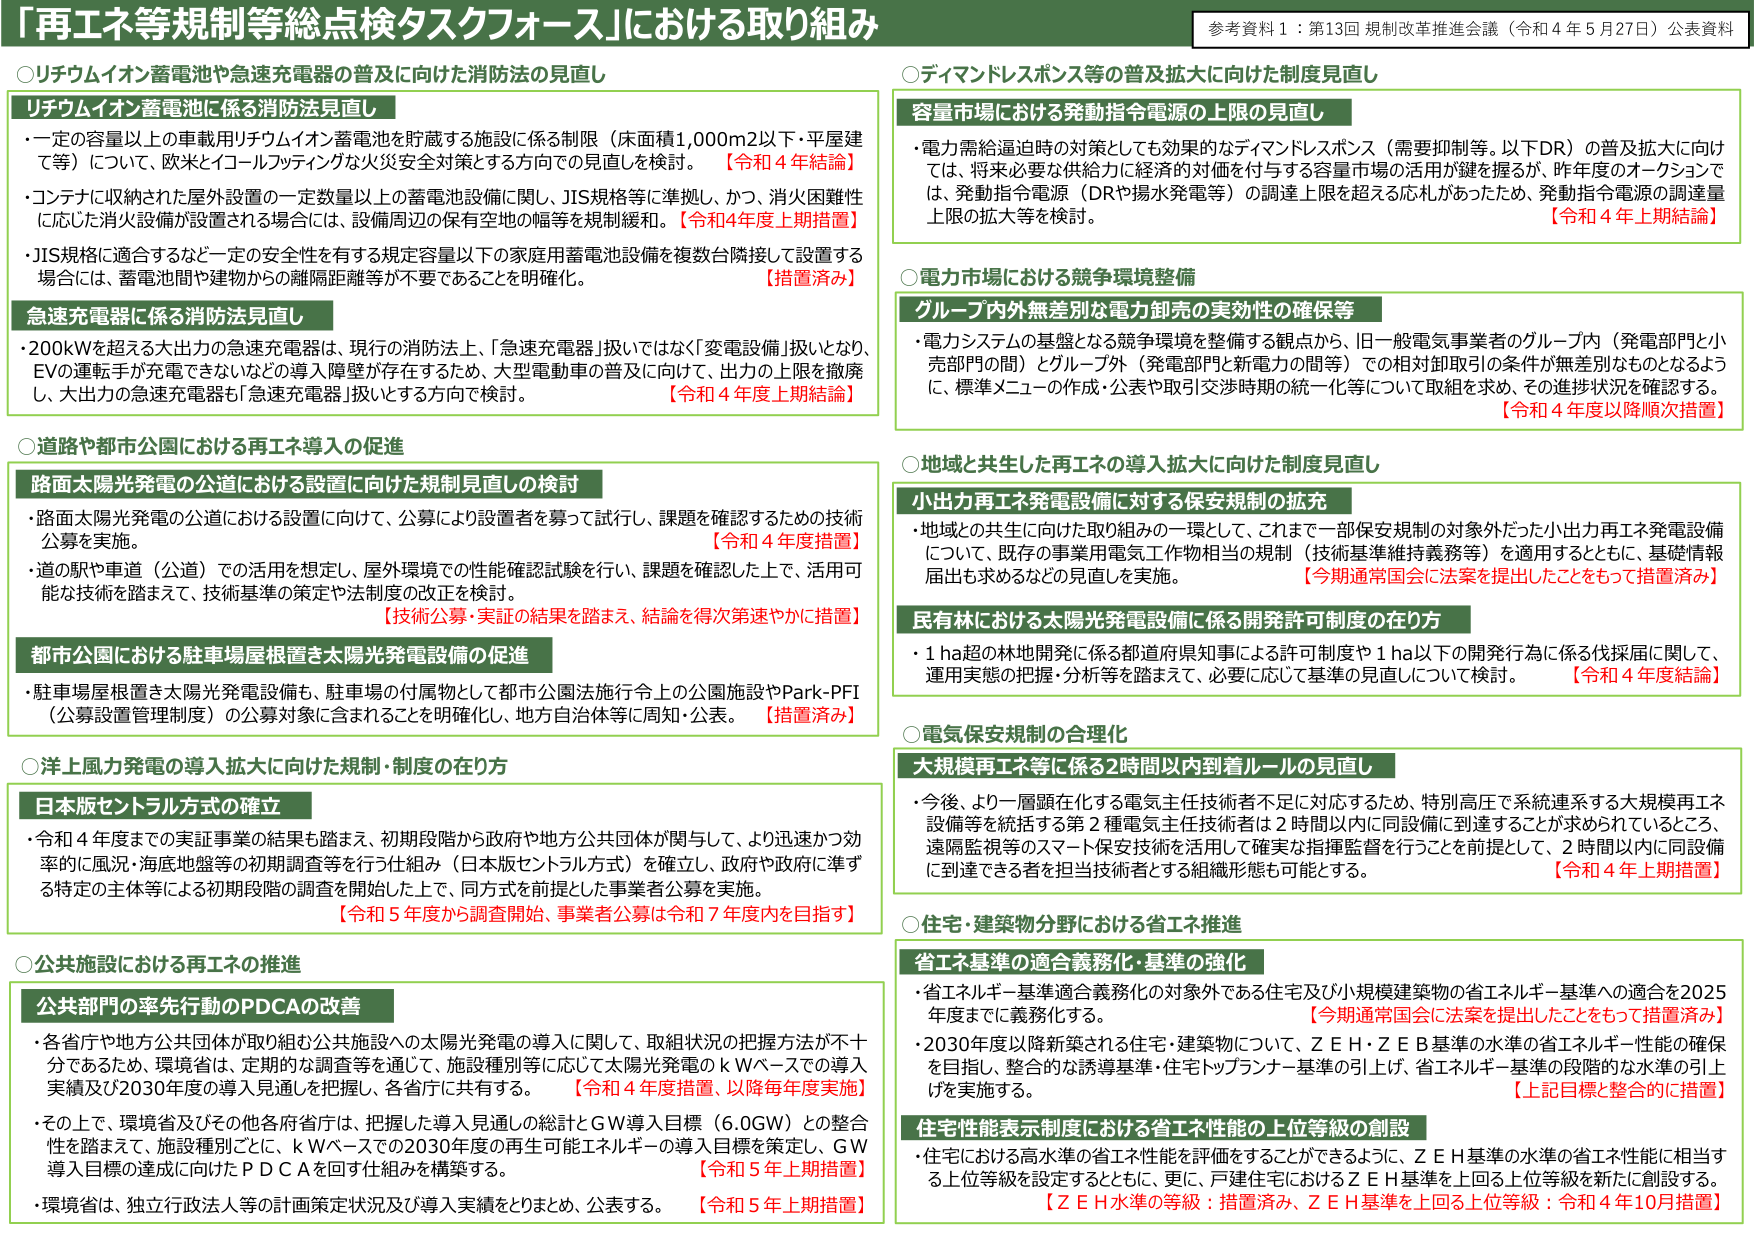
「再エネ等規制等総点検タスクフォース」における取り組み

○リチウムイオン蓄電池や急速充電器の普及に向けた消防法の見直し

リチウムイオン蓄電池に係る消防法見直し
・一定の容量以上の車載用リチウムイオン蓄電池を貯蔵する施設に係る制限（床面積1,000m2以下・平屋建て等）について、欧米とイコールフェティングな火災安全対策とする方向での見直しを検討。【令和4年結論】
・コンテナに収納された屋外設置の一定数量以上の蓄電池設備に関し、JIS規格等に準拠し、かつ、消火困難性に応じた消火設備が設置される場合には、設備周辺の保有空地の幅等を規制緩和。【令和4年度上期措置】
・JIS規格に適合するなど一定の安全性を有する規定容量以下の家庭用蓄電池設備を複数台隣接して設置する場合には、蓄電池間や建物からの離隔距離等が不要であることを明確化。【措置済み】

急速充電器に係る消防法見直し
・200kWを超える大出力の急速充電器は、現行の消防法上、「急速充電器」扱いではなく「変電設備」扱いとなり、EVの運転手が充電できないなどの導入障壁が存在するため、大型電動車の普及に向けて、出力の上限を撤廃し、大出力の急速充電器を「急速充電器」扱いとする方向で検討。【令和4年度上期結論】

○道路や都市公園における再エネ導入の促進

路面太陽光発電の公道における設置に向けた規制見直しの検討
・路面太陽光発電の公道における設置に向けて、公募により設置者を募って試行し、課題を確認するための技術公募を実施。【令和4年度措置】
・道の駅や車道（公道）での活用を想定し、屋外環境での性能確認試験を行い、課題を確認した上で、活用可能な技術を踏まえて、技術基準の策定や法制度の改正を検討。【技術公募・実証の結果を踏まえ、結論を得次第速やかに措置】

都市公園における駐車場屋根置き太陽光発電設備の促進
・駐車場屋根置き太陽光発電設備も、駐車場の付属物として都市公園法施行令上の公園施設やPark-PFI（公募設置管理制度）の公募対象に含まれることを明確化し、地方自治体等に周知・公表。【措置済み】

○洋上風力発電の導入拡大に向けた規制・制度の在り方

日本版セントラル方式の確立
・令和4年度までの実証事業の結果も踏まえ、初期段階から政府や地方公共団体が関与して、より迅速かつ効率的に風況・海底地盤等の初期調査等を行う仕組み（日本版セントラル方式）を確立し、政府や政府に準ずる特定の主体等による初期段階の調査を開始した上で、同方式を前提とした事業者公募を実施。【令和5年度から調査開始、事業者公募は令和7年度内を目指す】

○公共施設における再エネの推進

公共部門の率先行動のPDCAの改善
・各省庁や地方公共団体が取り組む公共施設への太陽光発電の導入に関して、取組状況の把握方法が不十分であるため、環境省は、定期的な調査等を通じて、施設種別等に応じて太陽光発電のkWベースでの導入実績及び2030年度の導入見通しを把握し、各省庁に共有する。【令和4年度措置、以降毎年度実施】
・その上で、環境省及びその他各府省庁は、把握した導入見通しの総計とGW導入目標（6.0GW）との整合性を踏まえて、施設種別ごとに、kWベースでの2030年度の再生可能エネルギーの導入目標を策定し、GW導入目標の達成に向けたPDCAを回す仕組みを構築する。【令和5年上期措置】
・環境省は、独立行政法人等の計画策定状況及び導入実績をとりまとめ、公表する。【令和5年上期措置】

○ディマンドレスポンス等の普及拡大に向けた制度見直し

容量市場における発動指令電源の上限の見直し
・電力需給逼迫時の対策としても効果的なディマンドレスポンス（需要抑制等。以下DR）の普及拡大に向けては、将来必要な供給力に経済的対価を付与する容量市場の活用が鍵を握るが、昨年度のオークションでは、発動指令電源（DRや揚水発電等）の調達上限を超える応札があったため、発動指令電源の調達量上限の拡大等を検討。【令和4年上期結論】

○電力市場における競争環境整備

グループ内外無差別な電力卸売の実効性の確保等
・電力システムの基盤となる競争環境を整備する観点から、旧一般電気事業者のグループ内（発電部門と小売部門の間）とグループ外（発電部門と新電力の間等）での相対卸取引の条件が無差別なものとなるように、標準メニューの作成・公表や取引交渉時期の統一等について取組を進め、その進捗状況を確認する。【令和4年度以降順次措置】

○地域と共生した再エネの導入拡大に向けた制度見直し

小出力再エネ発電設備に対する保安規制の拡充
・地域との共生に向けた取り組みの一環として、これまで一部保安規制の対象外だった小出力再エネ発電設備について、既存の事業用電気工作物相当の規制（技術基準維持義務等）を適用するとともに、基礎情報届出も求めるなどの見直しを実施。【今期通常国会に法案を提出したことをもって措置済み】

民有林における太陽光発電設備に係る開発許可制度の在り方
・1ha超の林地開発に係る都道府県知事による許可制度や1ha以下の開発行為に係る伐採届に関して、運用実態の把握・分析等を踏まえて、必要に応じて基準の見直しについて検討。【令和4年度結論】

○電気保安規制の合理化

大規模再エネ等に係る2時間以内着着ルールの見直し
・今後、より一層顕在化する電気主任技術者不足に対応するため、特別高圧で系統連系する大規模再エネ設備等を統括する第2種電気主任技術者は2時間以内に同設備に到達することが求められているところ、遠隔監視等のスマート保安技術を活用して確実な指揮監督を行うことを前提として、2時間以内に同設備に到達できる者を担当技術者とする組織形態も可能とする。【令和4年上期措置】

○住宅・建築物分野における省エネ推進

省エネ基準の適合義務化・基準の強化
・省エネルギー基準適合義務化の対象外である住宅及び小規模建築物の省エネルギー基準への適合を2025年度までに義務化する。【今期通常国会に法案を提出したことをもって措置済み】
・2030年度以降新築される住宅・建築物について、ZEH・ZEB基準の水準の省エネルギー性能の確保を目指し、整合的な誘導基準・住宅トップランナー基準の引上げ、省エネルギー基準の段階的な水準の引上げを実施する。【上記目標と整合的に措置】

住宅性能表示制度における省エネ性能の上位等級の創設
・住宅における高水準の省エネ性能を評価することができるように、ZEH基準の水準の省エネ性能に相当する上位等級を設定するとともに、更に、戸建住宅におけるZEH基準を上回る上位等級を新たに創設する。【ZEH水準の等級：措置済み、ZEH基準を上回る上位等級：令和4年10月措置】

参考資料1：第13回 規制改革推進会議（令和4年5月27日）公表資料